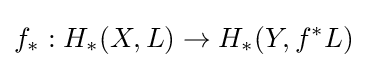
f_{*}:H_{*}(X,L)\to H_{*}(Y,f^{*}L)